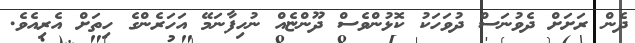
ދެން ރަށަށް ދެވުނަސް ދުވަހަކު ކޮޅުންވެސް ދޫންޏެއް ނުހިފާނަމޭ އަހަރެންގެ ހިތަށް އެރިއެވެ.